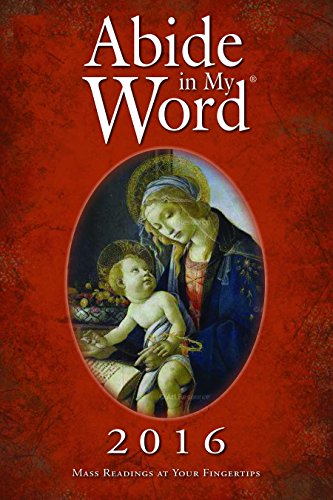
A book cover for Abide in My Word 2016: Mass Readings at Your Fingertips; The Word Among Us Press; Christian Books & Bibles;